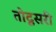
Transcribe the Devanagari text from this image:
तोदूसरी